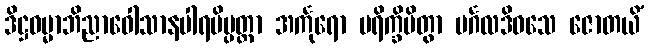
ဒိဋ္ဌဓမ္မာဘိညာဝေါသာနပါရမိပ္ပတ္တာ အင်္ကုရော ပရိက္ခိပိတွာ မင်္ဂလဒိဝသေ ဇောတယိံ